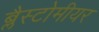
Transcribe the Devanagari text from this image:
ब्लैस्टोमीयर